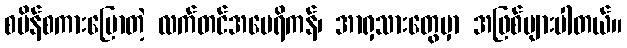
စပိန်စကားပြောတဲ့ လက်တင်အမေရိကန်၊ အာရှသားတွေမှာ အဖြစ်များပါတယ်။